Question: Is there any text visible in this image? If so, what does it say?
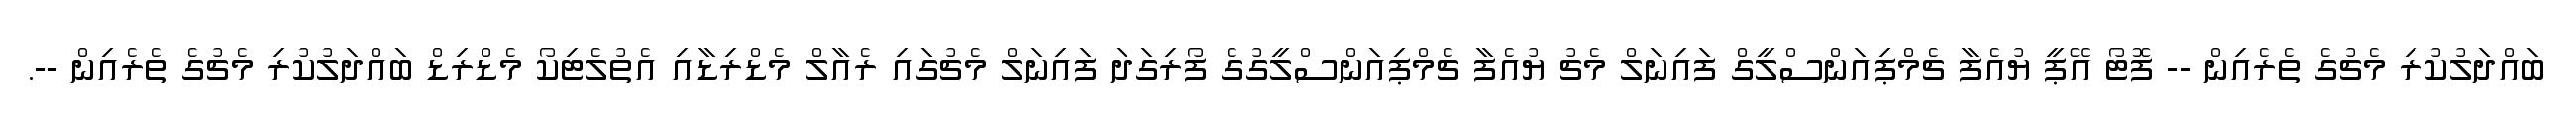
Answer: ބައްދަލުކުރި މެޗުގެ ތެރެއިން -- ފޮޓޯ އޭޕީ ޔުއެފާ ޗެމްޕިއަންސްލީގް ފައިނަލް މެޗު ޔުއެފާ ޗެމްޕިއަންސްލީގުގެ ފޯރިގަދަ ފައިނަލް މެޗުގައި ރެއާލް މެޑްރިޑާއި އެތުލެޓިކޯ މެޑްރިޑް ބައްދަލުކުރި މެޗުގެ ތެރެއިން --.